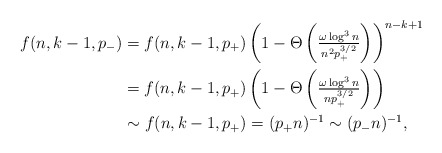
\begin{align*}f(n,k-1,p_-) &= f(n,k-1,p_+) \left(1 - \Theta\left( \tfrac{\omega \log^3 n }{n^2 p_+^{3/2} }\right) \right)^{n-k+1} \\&= f(n,k-1,p_+) \left(1 - \Theta\left( \tfrac{\omega \log^3 n }{n p_+^{3/2} }\right) \right)\\&\sim f(n,k-1,p_+) = (p_+ n)^{-1} \sim (p_- n)^{-1},\end{align*}